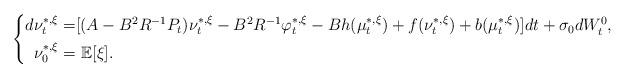
LaTeX: \begin{align*}\left\{\begin{aligned}d\nu_t^{*,\xi}=&[(A-B^2R^{-1}P_t)\nu_t^{*,\xi}-B^2R^{-1}\varphi_t^{*,\xi}-Bh(\mu_t^{*,\xi})+f(\nu_t^{*,\xi})+b(\mu_t^{*,\xi})]dt+\sigma_0dW^0_t,\\\nu_0^{*,\xi}=&~\mathbb{E}[\xi].\end{aligned}\right.\end{align*}